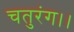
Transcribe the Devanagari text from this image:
चतुरंग।।